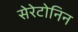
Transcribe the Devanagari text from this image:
सेरेटोनिन